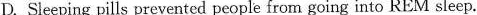
D.Sleeping pills prevented people from going into REM sleep.